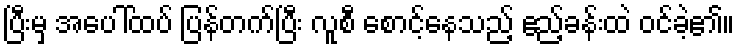
ပြီးမှ အပေါ်ထပ် ပြန်တက်ပြီး လူစီ စောင့်နေသည့် ဧည့်ခန်းထဲ ဝင်ခဲ့၏။